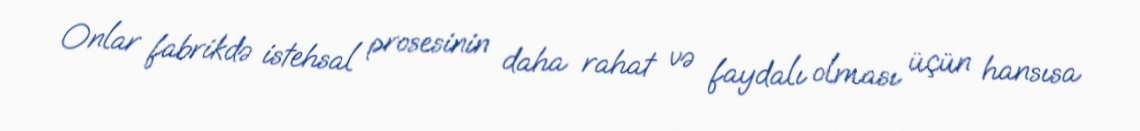
Onlar fabrikdə istehsal prosesinin daha rahat və faydalı olması üçün hansısa